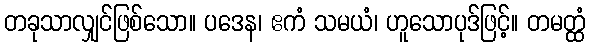
တခုသာလျှင်ဖြစ်သော။ ပဒေန၊ ဧကံ သမယံ၊ ဟူသောပုဒ်ဖြင့်။ တမတ္ထံ